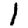
Digit: 1